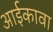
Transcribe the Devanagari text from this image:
आईकावा